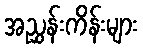
အညွှန်းကိန်းများ